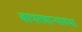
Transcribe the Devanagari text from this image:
बापरणार्‍याच्या